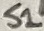
Text: S1